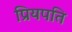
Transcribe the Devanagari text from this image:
प्रियपति